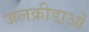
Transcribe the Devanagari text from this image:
जलक्रीडा़ओं